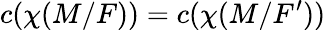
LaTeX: c(\chi(M/F))=c(\chi(M/F^{\prime}))